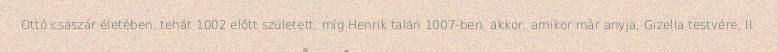
Ottó császár életében, tehát 1002 előtt született, míg Henrik talán 1007-ben, akkor, amikor már anyja, Gizella testvére, II.